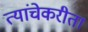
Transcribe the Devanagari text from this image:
त्यांचेकरीता